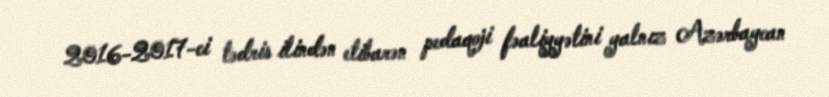
2016-2017-ci tədris ilindən etibarən pedaqoji fəaliyyətini yalnız Azərbaycan